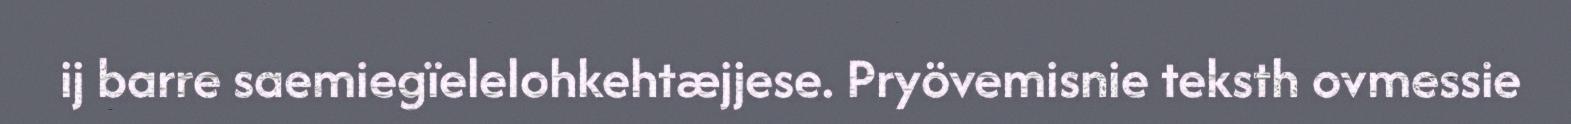
ij barre saemiegïelelohkehtæjjese. Pryövemisnie teksth ovmessie